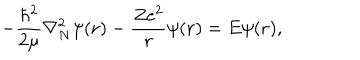
LaTeX: - \frac { \hbar ^ { 2 } } { 2 \mu } \nabla _ { N } ^ { 2 } \psi ( { \bf r } ) - \frac { Z e ^ { 2 } } { r } \psi ( { \bf r } ) = E \psi ( { \bf r } ) ,